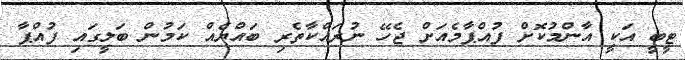
ޓީބީ އަކީ އާންމުކޮށް ފުއްޕާމެއަށް ޖެހޭ ނުރައްކާތެރި ބައްޔެއް ކަމުން ބަލީގައި ފުއްޕާ